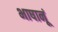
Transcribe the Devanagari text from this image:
भाषानूं